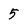
Character: 5